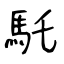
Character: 馲